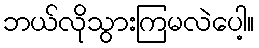
ဘယ်လိုသွားကြမလဲပေါ့။